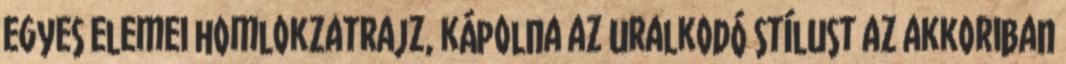
egyes elemei homlokzatrajz, kápolna az uralkodó stílust az akkoriban